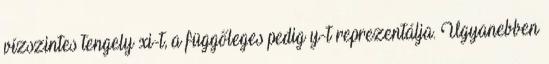
vízszintes tengely xi-t, a függőleges pedig y-t reprezentálja. Ugyanebben